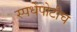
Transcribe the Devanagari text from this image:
स्पर्धेपोटीच